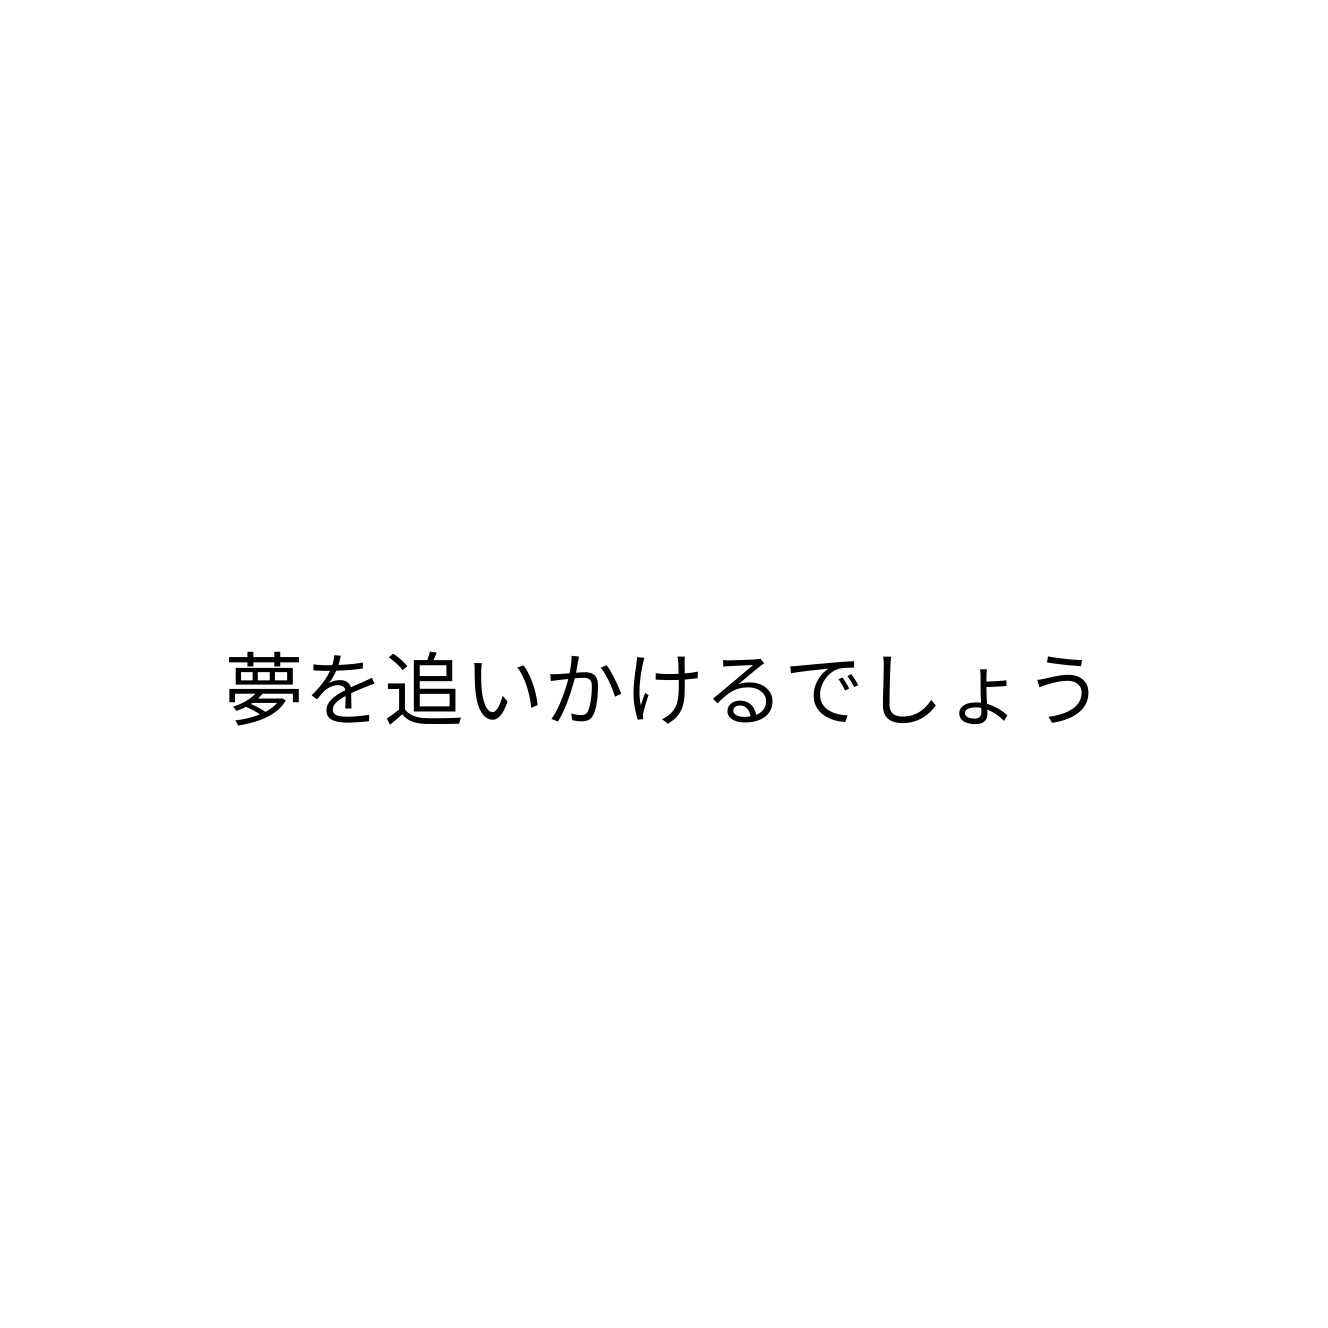
夢を追いかけるでしょう